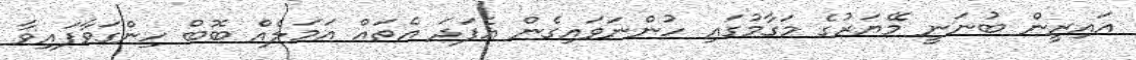
އައިރީން ބުނަނީ މޭޔަރުގެ މަގާމުގައި ހުންނަވައިގެން އެފަދަ އެތައް އަމަލެއް ބޮބް ހިންގަވާފައިވާ